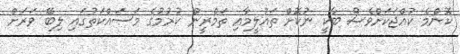
ކޮންމެ ކުއްޖަކަށްވެސް ބާކީ ނުކޮށް ތައުލީމާއި ތަމްރީން ކުރުމުގެ މަސައްކަތުގައި ލިބޭ ވަރަށް